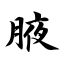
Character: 腋